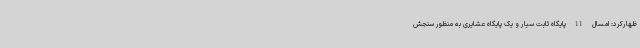
ظهارکرد: امسال 11 پایگاه ثابت سیار و یک پایگاه عشایری به منظور سنجش